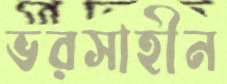
ভরসাহীন